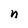
Character: n